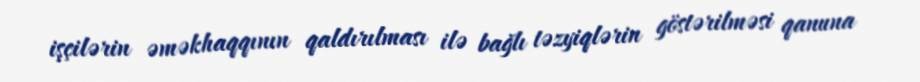
işçilərin əməkhaqqının qaldırılması ilə bağlı təzyiqlərin göstərilməsi qanuna